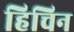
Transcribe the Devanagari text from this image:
हिचिन